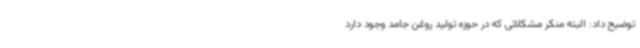
توضیح داد: البته منکر مشکلاتی که در حوزه تولید روغن جامد وجود دارد